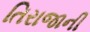
તિરાજાની